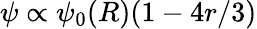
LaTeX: \psi\propto\psi_{0}(R)(1-4r/3)